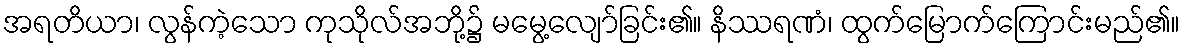
အရတိယာ၊ လွန်ကဲ့သော ကုသိုလ်အဘို့၌ မမွေ့လျော်ခြင်း၏။ နိဿရဏံ၊ ထွက်မြောက်ကြောင်းမည်၏။